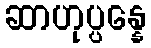
ဆာဟုပ္ပန္နေ